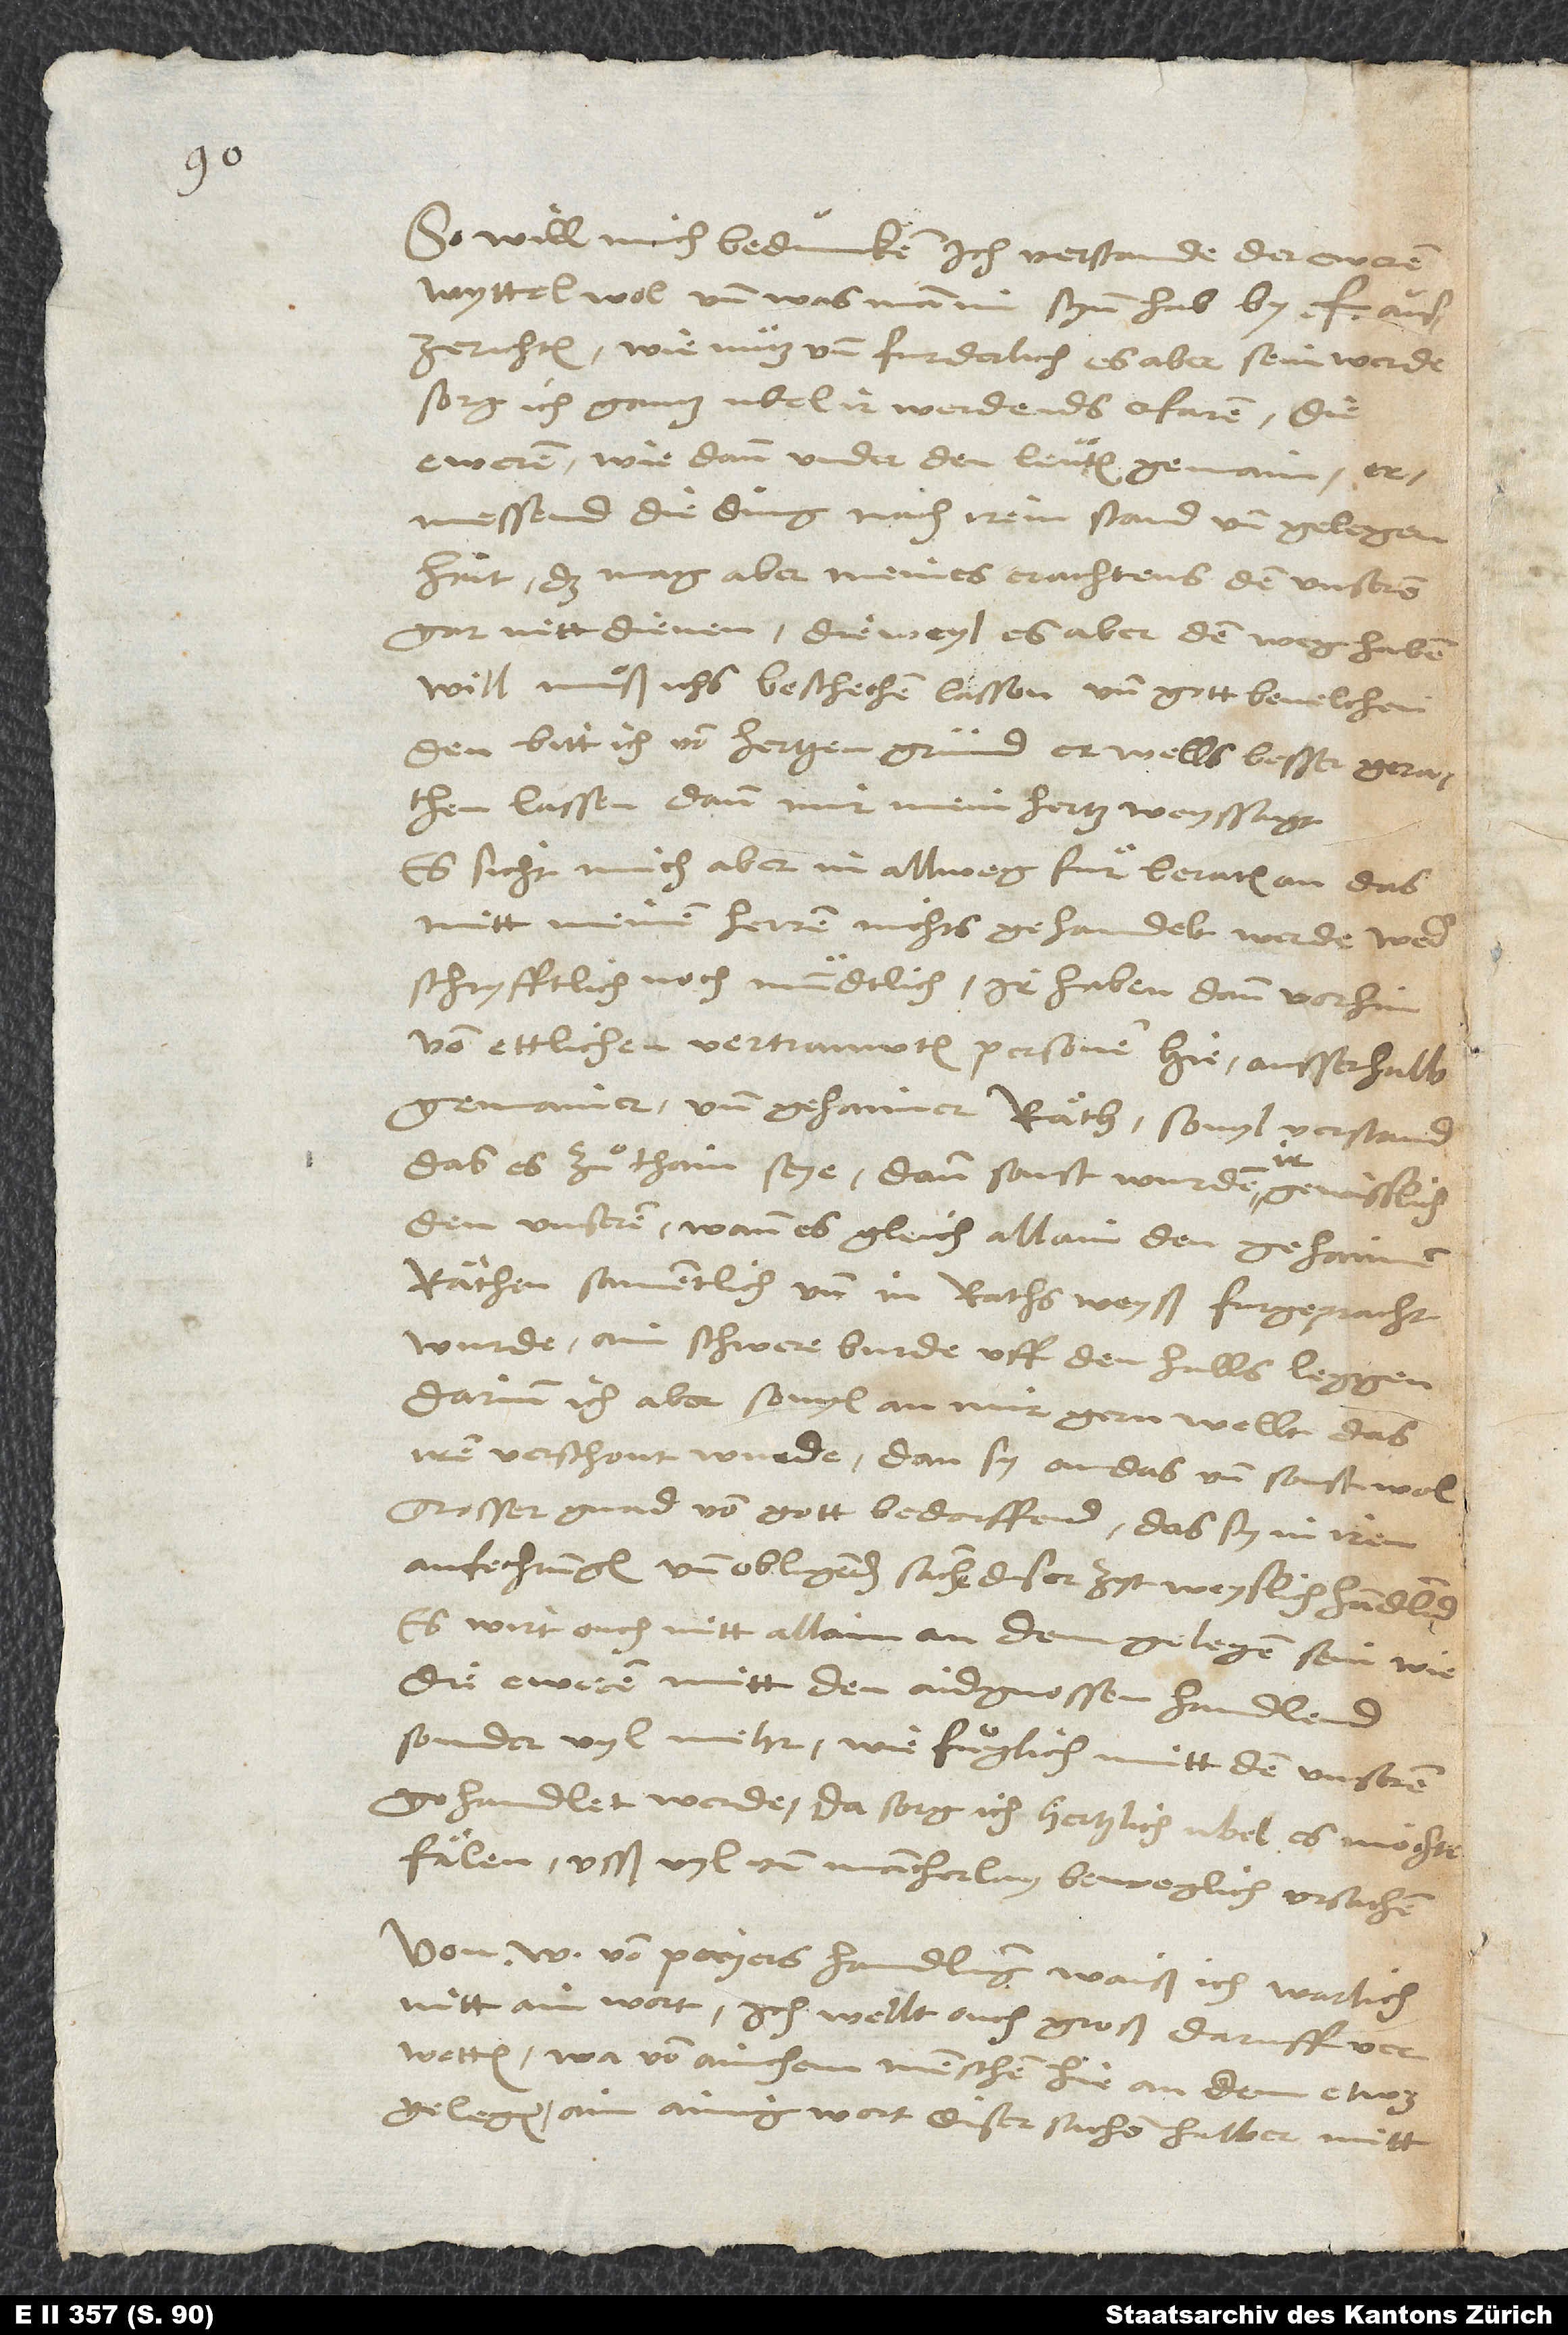
So will mich beduncken, ich verstande der eweren
myttel wol, und was man im synn hab by F
auszerichten; wie nutz und furderlich es aber sein werde,
sorg ich ganz ubel, ir werdends erfaren. Die
eweren, wie dann under den leuten gemain,
ermessend die ding nach irem stand und gelegenhait;
das mag aber meines erachtens den unseren
gar nitt dienen. Dieweyl es aber den weg haben
will, muͦß ich beschechen lassen und gott bevelchen;
den bitt ich von hertzen grund, er wells besser gerathen
lassen, dann mir mein hertz weyssagt.
Es sicht mich aber in allweg für beraten an, das
mitt meinen herren nichts gehandelt werde weder
schryfftlich noch mundtlich, ir haben dann vorhin
von ettlicher vertrauwten personen hie ausserhalb
gemainer und gehaimer räth sovyl verstanden,
das es zuͦ thain sye; dann sonst wurden ir gewisslich
den unseren, wann es gleich allain den gehaimen
räthen samentlich und in raths weyß furgepracht
wurde, ainh schwere burde uff den halls leggen,
darinn ich aber, sovyl an mir, gern wellt, das
iren verschont wurde; dan sy on das und sonst wol
grosser gnad von gott bedorffend, das sy in iren
anfechtungen und obligenden sachen diser zyt weyslich handlend.
Es wirt ouch nitt allain an dem gelegen sein, wie
die eweren mitt den aidgnossen handlend,
sonder vyl mehr, wie fuͦglich mitt den unseren
gehandlet werde; da sorg ich hertzlich ubel, es möchte
fälen, usß vyl und mancherlay beweglich ursachen.
Von W von Payers handlung waiß ich warlich
nitt ain wort; ich wellt ouch groß daruff verwetten,
wa von ainchem menschen hie, an dem etwas
gelegen, ain ainig wort diser sachen halber mitt